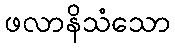
ဖလာနိသံသော